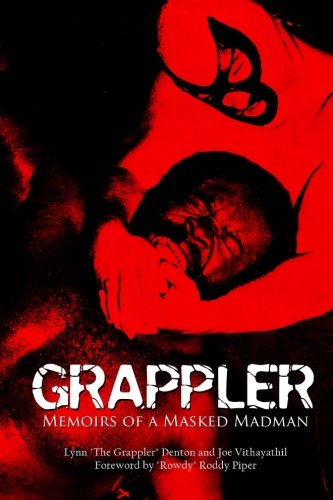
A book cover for Grappler: Memoirs of a Masked Madman; Lynn Denton; Biographies & Memoirs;